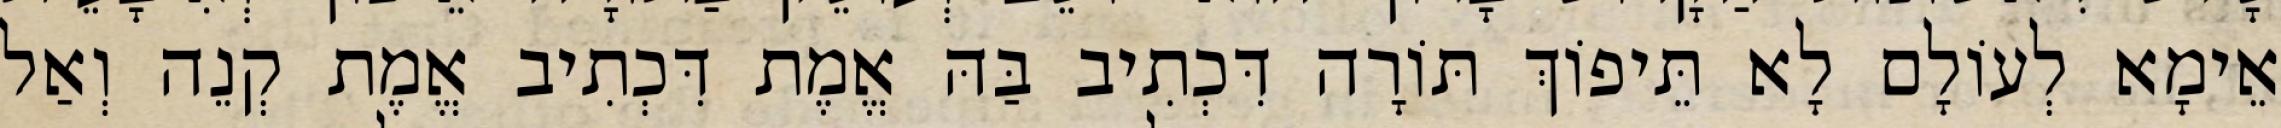
אֵימָא לְעוֹלָם לָא תֵּיפוֹךְ תּוֹרָה דִּכְתִיב בַּהּ אֱמֶת דִּכְתִיב אֱמֶת קְנֵה וְאַל